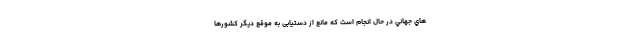
هاي جهاني در حال انجام است كه مانع از دستیابی به موقع ديگر كشورها